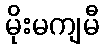
မိုးမကျမီ